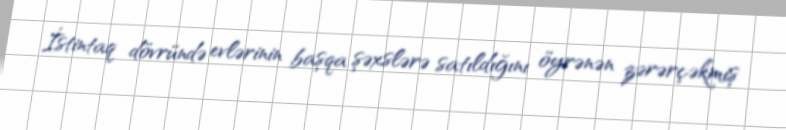
İstintaq dövründə evlərinin başqa şəxslərə satıldığını öyrənən zərərçəkmiş